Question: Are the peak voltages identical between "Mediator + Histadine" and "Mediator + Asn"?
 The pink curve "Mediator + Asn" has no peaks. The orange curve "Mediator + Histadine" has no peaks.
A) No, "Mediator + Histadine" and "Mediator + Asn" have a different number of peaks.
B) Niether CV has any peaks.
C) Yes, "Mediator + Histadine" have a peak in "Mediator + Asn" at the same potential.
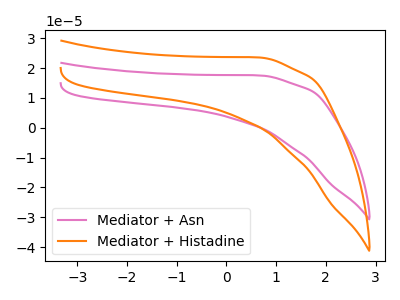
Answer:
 <answer>B) Niether CV has any peaks.</answer>
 <eval>B</eval>